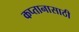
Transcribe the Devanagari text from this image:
कप्तानासाठी